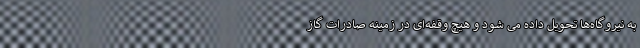
به نیروگاه‌ها تحویل داده می شود و هیچ وقفه‌ای در زمینه صادرات گاز